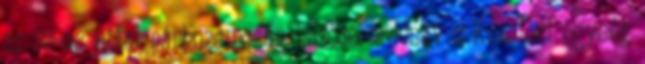
az 52-es úttal párhuzamosan húzódó erdősáv c Kezelési egység